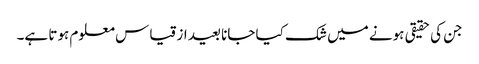
جن کی حقیقی ہونے میں شک کیا جانا بعید از قیاس معلوم ہوتا ہے۔